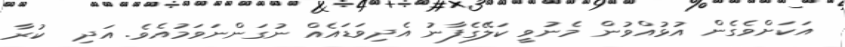
އަކަށްވެގެން އުޅުއްވުން މެނުވީ ކަލޭގެފާނު އެދިވަޑައެއް ނުގަންނަވަމުއެވެ. އަދި  ކުރާ